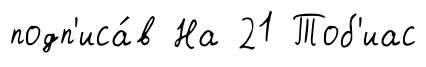
подп'иса́в На 21 Тоб'иас